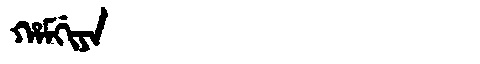
Manchu: ᡥᠠᠮᡤᡳᠶᠠ
Romanization: HAMGIYA